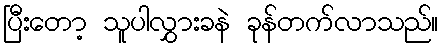
ပြီးတော့ သူပါလွှားခနဲ ခုန်တက်လာသည်။